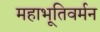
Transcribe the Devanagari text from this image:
महाभूतिवर्मन